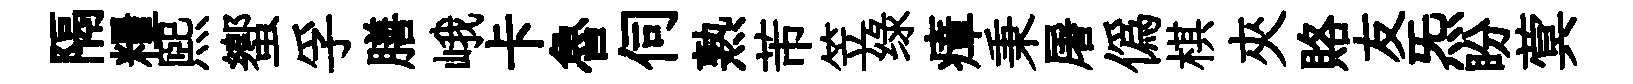
隔糧煕蠁孚膳峨卡魯伺熟芾笠绿瘴秉屠僞棋夾賂友炁盼蓂